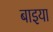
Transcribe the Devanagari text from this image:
बाइया